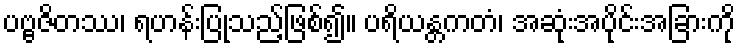
ပဗ္ဗဇိတဿ၊ ရဟန်းပြုသည့်ဖြစ်၍။ ပရိယန္တကတံ၊ အဆုံးအပိုင်းအခြားကို